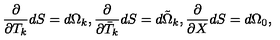
\frac { \partial } { \partial T _ { k } } d S = d \Omega _ { k } , \frac { \partial } { \partial \bar { T } _ { k } } d S = d \tilde { \Omega } _ { k } , \frac { \partial } { \partial X } d S = d \Omega _ { 0 } ,